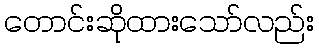
တောင်းဆိုထားသော်လည်း